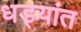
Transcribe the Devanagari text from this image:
धड्यांत